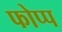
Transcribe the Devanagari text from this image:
फोप्प